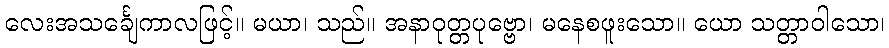
လေးအသင်္ချေကာလဖြင့်။ မယာ၊ သည်။ အနာဝုတ္တပုဗ္ဗော၊ မနေစဖူးသော။ ယော သတ္တာဝါသော၊